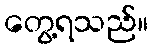
တွေ့ရသည်။